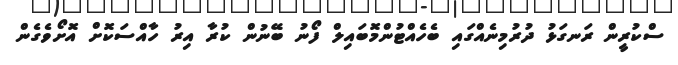
ސްކުރީން ރަނގަޅު ދުރުމިނެއްގައި ބެހެއްޓުންމޮބައިލް ފޯނު ބޭނުން ކުރާ އިރު ހާއްސަކޮށް އޮށޯވެގެން